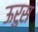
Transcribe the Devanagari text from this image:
ऊरुस